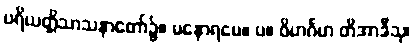
ပရိယတ္တိသာသနာတော်၌။ မနောရမေ။ ပ။ ဝိဟင်္ဂမာ တိအာဒီသု၊